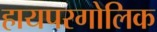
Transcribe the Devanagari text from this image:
हायपरगोलिक